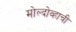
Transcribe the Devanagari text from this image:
मोल्दोव्हाची